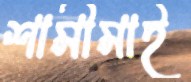
শামীমাই